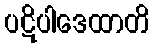
ပဋိပါဒေထာတိ